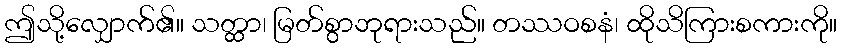
ဤသို့လျှောက်၏။ သတ္ထာ၊ မြတ်စွာဘုရားသည်။ တဿဝစနံ၊ ထိုသိကြားစကားကို။